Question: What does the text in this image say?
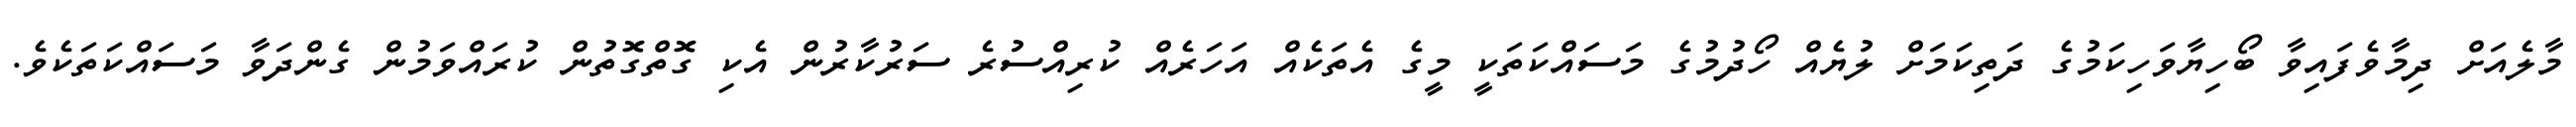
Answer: މާލެއަށް ދިމާވެފައިވާ ބޯހިޔާވަހިކަމުގެ ދަތިކަމަށް ލުޔެއް ހޯދުމުގެ މަސައްކަތަކީ މީގެ އެތަކެއް އަހަރެއް ކުރިއްސުރެ ސަރުކާރުން އެކި ގޮތްގޮތުން ކުރައްވަމުން ގެންދަވާ މަސައްކަތަކެވެ.